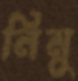
নিমু